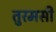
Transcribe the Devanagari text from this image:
तुरमसी